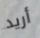
أريد